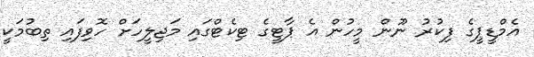
އެމްޑީޕީގެ ފިކުރު ނޫން މީހުން އެ ޕާޓީގެ ޓިކެޓްގައި މަޖިލީހަށް ހޮވިފައި ތިބުމަކީ